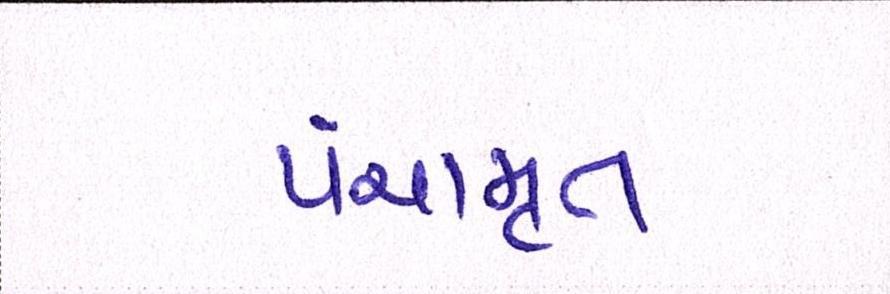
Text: પંચામૃત